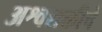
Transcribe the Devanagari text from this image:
अश्वशक्तीचे